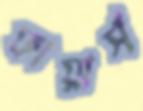
ফায়ার্স